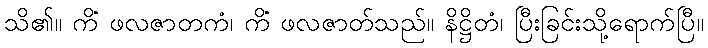
သိ၏။ ကိံ ဖလဇာတကံ၊ ကိံ ဖလဇာတ်သည်။ နိဋ္ဌိတံ၊ ပြီးခြင်းသို့ရောက်ပြီ။